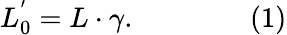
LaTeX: L_{0}^{'}=L\cdot\gamma.\qquad\qquad{\mathrm{(1)}}